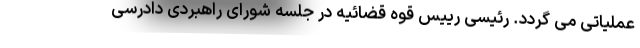
عملیاتی می گردد. رئیسی رییس قوه قضائیه در جلسه شورای راهبردی دادرسی